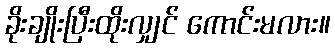
ခိုးချိုးပြီးထိုးလျှင် ကောင်းမလား။